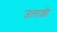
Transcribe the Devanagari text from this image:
जलाशी